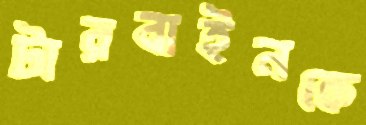
টারবাইনকে